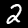
Digit: 2